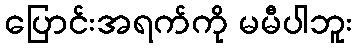
ပြောင်းအရက်ကို မမီပါဘူး